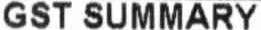
GST SUMMARY